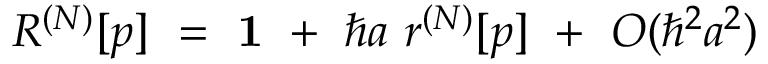
R ^ { ( N ) } [ p ] \ = \ { \bf 1 } \ + \ \hbar a \ r ^ { ( N ) } [ p ] \ + \ O ( \hbar ^ { 2 } a ^ { 2 } )